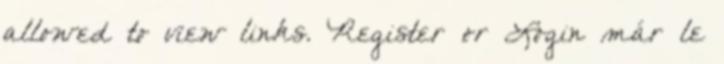
allowed to view links. Register or Login már le